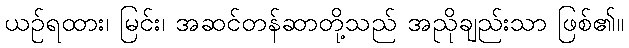
ယဉ်ရထား၊ မြင်း၊ အဆင်တန်ဆာတို့သည် အညိုချည်းသာ ဖြစ်၏။